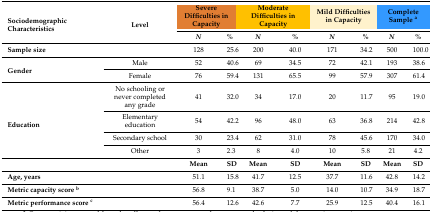
<table><thead><tr><td rowspan="2"><b>Sociodemographic Characteristics</b></td><td rowspan="2"><b>Level</b></td><td colspan="2"><b>Severe Difficulties in Capacity</b></td><td colspan="2"><b>Moderate Difficulties in Capacity</b></td><td colspan="2"><b>Mild Difficulties in Capacity</b></td><td colspan="2"><b>Complete Sample <sup>a</sup></b></td></tr><tr><td><b><i>N</i></b></td><td><b>%</b></td><td><b><i>N</i></b></td><td><b>%</b></td><td><b><i>N</i></b></td><td><b>%</b></td><td><b><i>N</i></b></td><td><b>%</b></td></tr></thead><tbody><tr><td><b>Sample size</b></td><td></td><td>128</td><td>25.6</td><td>200</td><td>40.0</td><td>171</td><td>34.2</td><td>500</td><td>100.0</td></tr><tr><td rowspan="2"><b>Gender</b></td><td>Male</td><td>52</td><td>40.6</td><td>69</td><td>34.5</td><td>72</td><td>42.1</td><td>193</td><td>38.6</td></tr><tr><td>Female</td><td>76</td><td>59.4</td><td>131</td><td>65.5</td><td>99</td><td>57.9</td><td>307</td><td>61.4</td></tr><tr><td rowspan="4"><b>Education</b></td><td>No schooling or never completed any grade</td><td>41</td><td>32.0</td><td>34</td><td>17.0</td><td>20</td><td>11.7</td><td>95</td><td>19.0</td></tr><tr><td>Elementary education</td><td>54</td><td>42.2</td><td>96</td><td>48.0</td><td>63</td><td>36.8</td><td>214 </td><td>42.8</td></tr><tr><td>Secondary school</td><td>30</td><td>23.4</td><td>62</td><td>31.0</td><td>78</td><td>45.6</td><td>170</td><td>34.0</td></tr><tr><td>Other</td><td>3</td><td>2.3</td><td>8</td><td>4.0</td><td>10</td><td>5.8</td><td>21</td><td>4.2</td></tr><tr><td></td><td></td><td><b>Mean</b></td><td><b>SD</b></td><td><b>Mean</b></td><td><b>SD</b></td><td><b>Mean</b></td><td><b>SD</b></td><td><b>Mean</b></td><td><b>SD</b></td></tr><tr><td><b>Age, years</b></td><td></td><td>51.1</td><td>15.8</td><td>41.7</td><td>12.5</td><td>37.7</td><td>11.6</td><td>42.8</td><td>14.2</td></tr><tr><td><b>Metric capacity score <sup>b</sup></b></td><td></td><td>56.8</td><td>9.1</td><td>38.7</td><td>5.0</td><td>14.0</td><td>10.7</td><td>34.9</td><td>18.7</td></tr><tr><td><b>Metric performance score <sup>c</sup></b></td><td></td><td>56.4</td><td>12.6</td><td>42.6</td><td>7.7</td><td>25.9</td><td>12.5</td><td>40.4</td><td>16.1</td></tr></tbody></table>